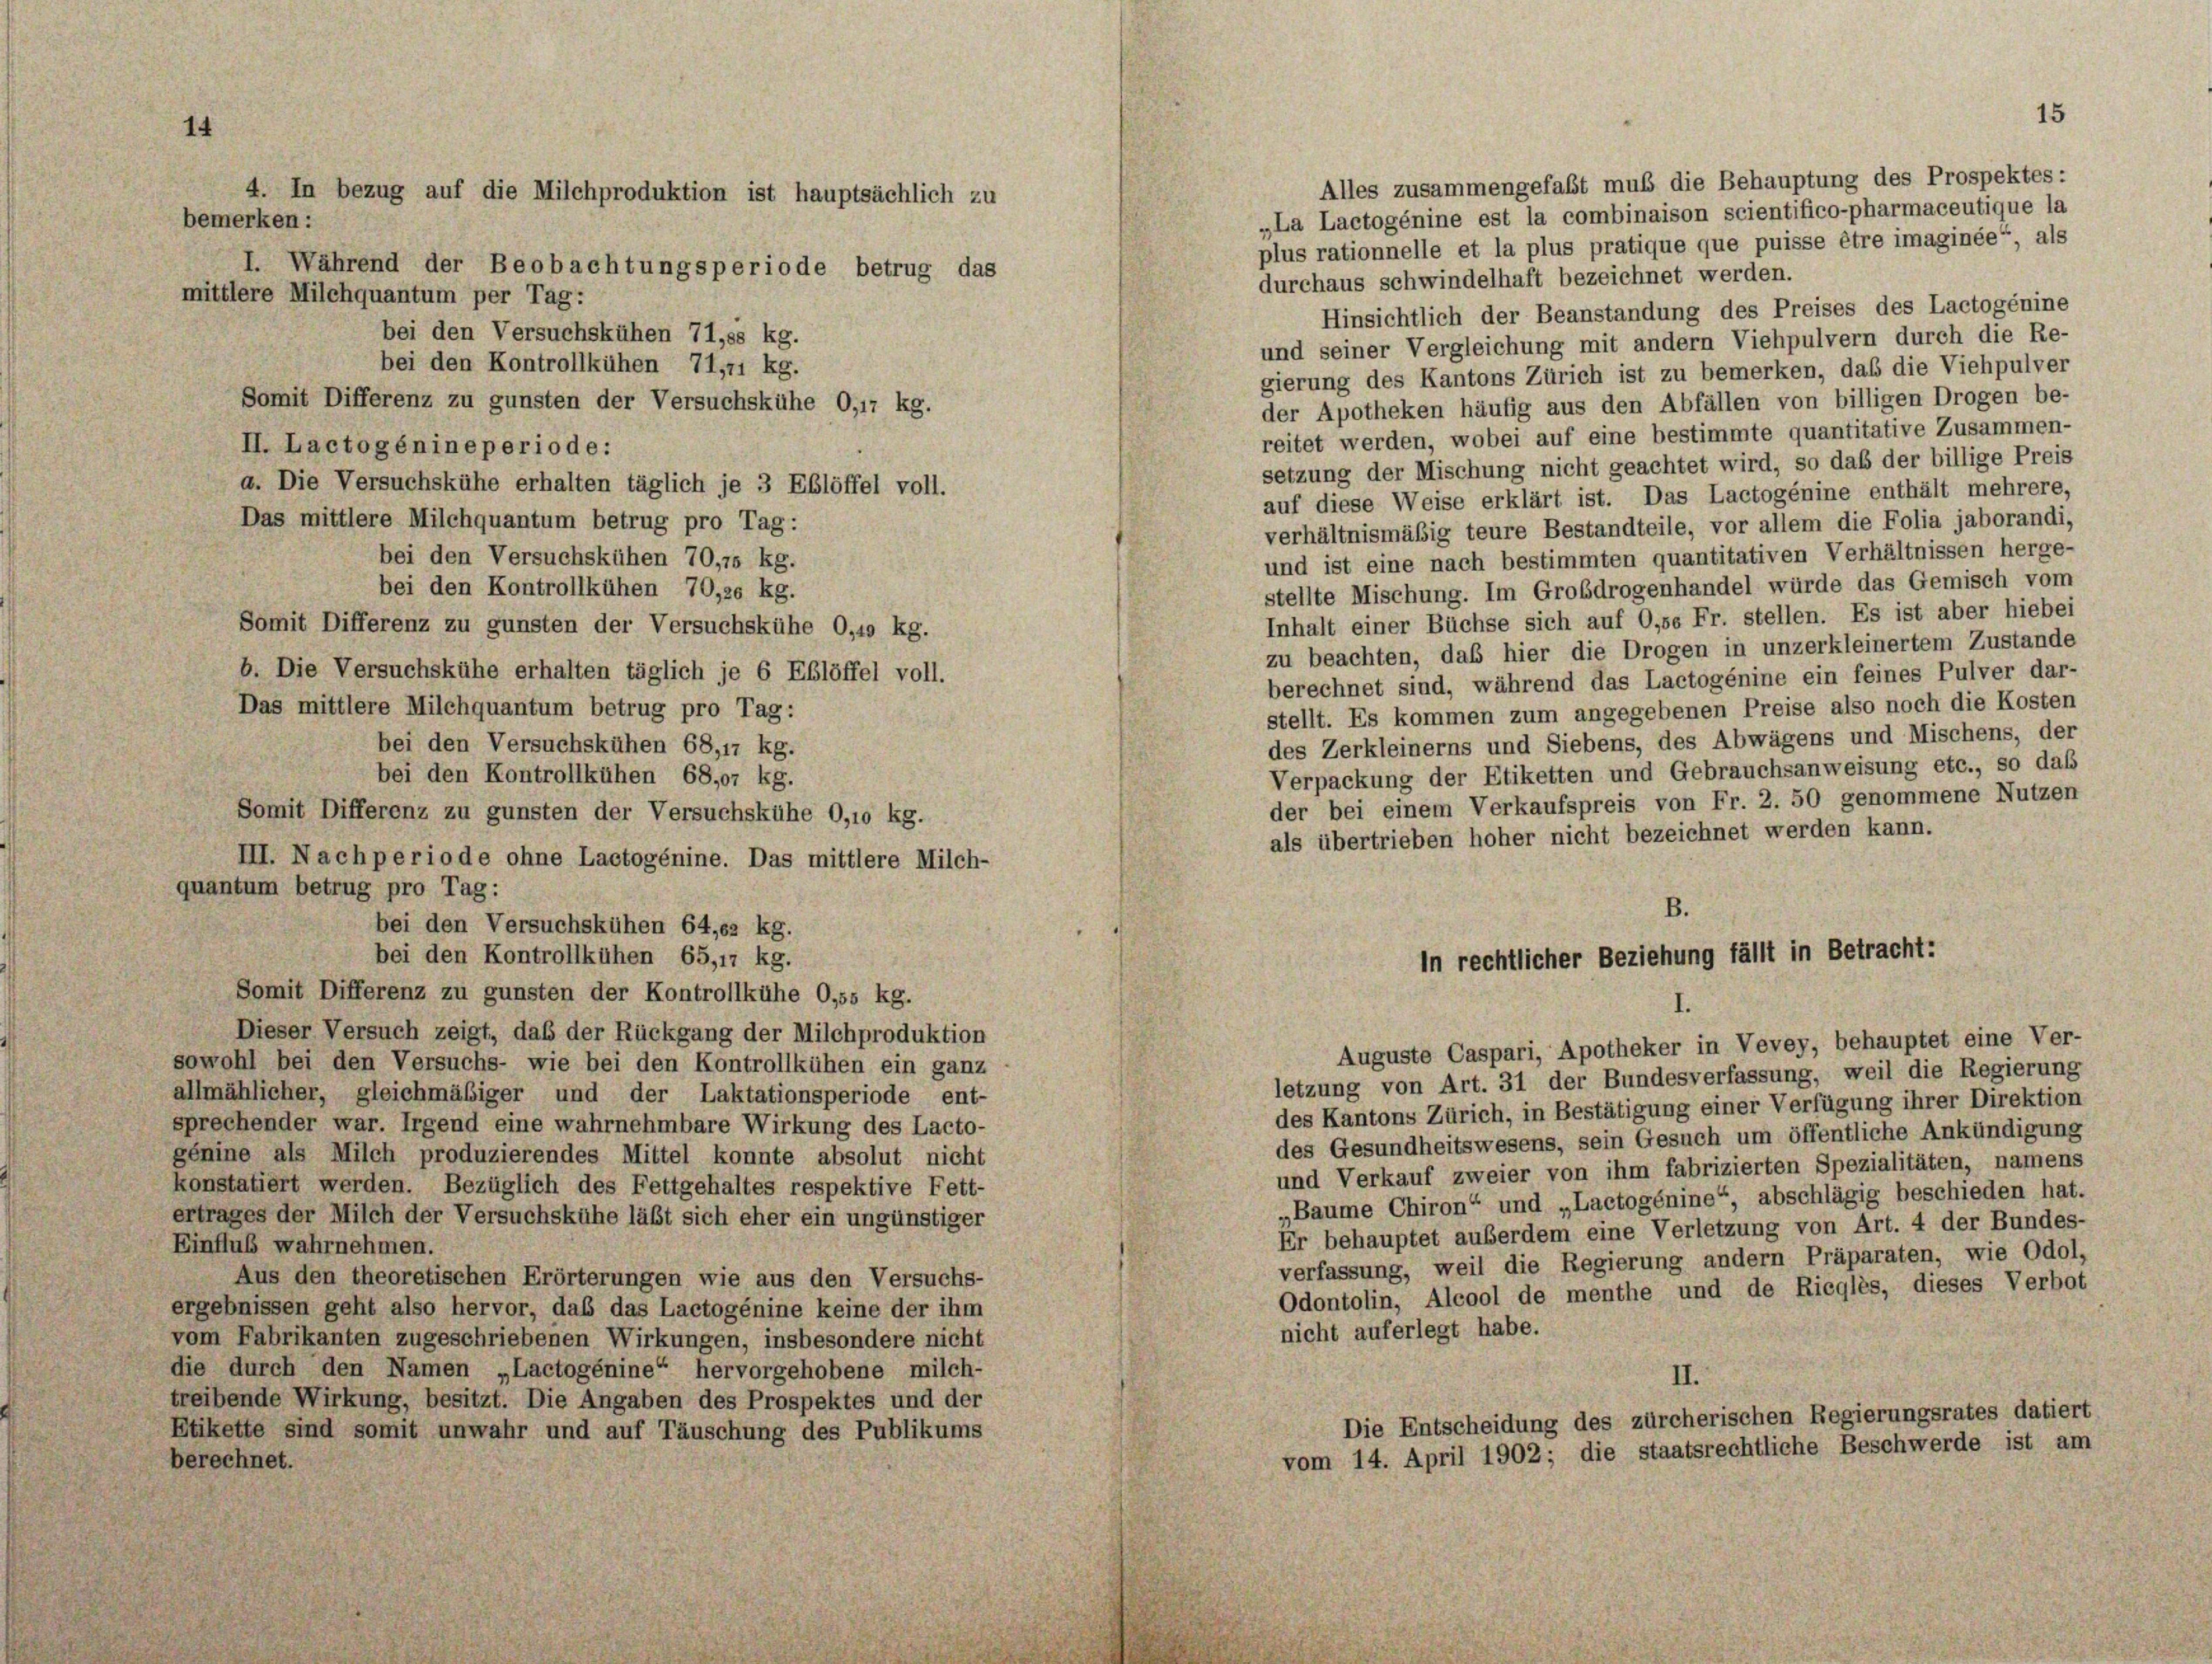
14

4. In bezug auf die Milchproduktion ist hauptsächlich zu
bemerken:

I. Während der Beobachtungsperiode betrug das
mittlere Milchquantum per Tag:
bei den Versuchskühen 71,ss kg.
bei den Kontrollkühen 71, 1 kg.
Somit Differenz zu gunsten der Versuchskühe 0,17 kg.
II. Lactogénineperiode:
a. Die Versuchskühe erhalten täglich je 3 Eßlöffel voll.
Das mittlere Milchquantum betrug pro Tag:
bei den Versuchskühen 70,75 kg.
bei den Kontrollkühen 70,so kg.
Somit Differenz zu gunsten der Versuchskühe 0,10 kg.
b. Die Versuchskühe erhalten täglich je 6 Eßlöffel voll.
Das mittlere Milchquantum betrug pro Tag:
bei den Versuchskühen 68,17 kg.
bei den Kontrollkühen 68,07 kg.
Somit Differenz zu gunsten der Versuchskühe 0,1o kg.
III. Nachperiode ohne Lactogénine. Das mittlere Milch-
quantum betrug pro Tag:
B.
bei den Versuchskühen 64,02 kg.
bei den Kontrollkühen 65,17 kg.
in rechtlicher Beziehung fällt in Betracht:
Somit Differenz zu gunsten der Kontrollkühe O.ss kg.
I.
Dieser Versuch zeigt, daß der Rückgang der Milchproduktion
Auguste Caspari, Apotheker in Vevey, behauptet eine Ver-
sowohl bei den Versuchs- wie bei den Kontrollkühen ein ganz
letzung von Art. 31 der Bundesverfassung, weil die Regierung
allmählicher, gleichmäßiger und der Laktationsperiode ent-
des Kantons Zürich, in Bestätigung einer Verfügung ihrer Direktion
sprechender war. Irgend eine wahrnehmbare Wirkung des Lacto-
des Gesundheitswesens, sein Gesuch um öffentliche Ankündigung
génine als Milch produzierendes Mittel konnte absolut nicht
und Verkauf zweier von ihm fabrizierten Spezialitäten, namens
konstatiert werden. Bezüglich des Fettgehaltes respektive Fett-
„Baume Chiron“ und „Lactogénine“, abschlägig beschieden hat.
ertrages der Milch der Versuchskühe läßt sich eher ein ungünstiger
Er behauptet außerdem eine Verletzung von Art. 4 der Bundes-
Einfluß wahrnehmen.
verfassung, weil die Regierung andern Präparaten, wie Odol,
Aus den theoretischen Erörterungen wie aus den Versuchs-
Odontolin, Alcool de menthe und de Ricglès, dieses Verbot
ergebnissen geht also hervor, daß das Lactogénine keine der ihm
nicht auferlegt habe.
vom Fabrikanten zugeschriebenen Wirkungen, insbesondere nicht
die durch den Namen „Lactogénine“ hervorgehobene milch-
II.
treibende Wirkung, besitzt. Die Angaben des Prospektes und der
Die Entscheidung des zürcherischen Regierungsrates datiert
Etikette sind somit unwahr und auf Täuschung des Publikums
vom 14. April 1902; die staatsrechtliche Beschwerde ist am
berechnet.

„La Lactogénine est la combinaison scientifico-pharmaceutique la
plus rationnelle et la plus pratique que puisse être imaginée“, als
durchaus schwindelhaft bezeichnet werden.
Hinsichtlich der Beanstandung des Preises des Lactogénine
und seiner Vergleichung mit andern Viehpulvern durch die Re-
gierung des Kantons Zürich ist zu bemerken, daß die Viehpulver
der Apotheken häufig aus den Abfällen von billigen Drogen be-
reitet werden, wobei auf eine bestimmte quantitative Zusammen-
setzung der Mischung nicht geachtet wird, so daß der billige Preis
auf diese Weise erklärt ist. Das Lactogénine enthält mehrere,
verhältnismäßig teure Bestandteile, vor allem die Folia jaborandi,
und ist eine nach bestimmten quantitativen Verhältnissen herge-
stellte Mischung. Im Grobdrogenhandel würde das Gemisch vom
Inhalt einer Büchse sich auf 0,se Fr. stellen. Es ist aber hiebei
zu beachten, daß hier die Drogen in unzerkleinertem Zustande
berechnet sind, während das Lactogénine ein feines Pulver dar-
stellt. Es kommen zum angegebenen Preise also noch die Kosten
des Zerkleinerns und Siebens, des Abwägens und Mischens, der
Verpackung der Etiketten und Gebrauchsanweisung etc., so daß
der bei einem Verkaufspreis von Fr. 2. 50 genommene Nutzen
als übertrieben hoher nicht bezeichnet werden kann.

Alles zusammengefaßt muß die Behauptung des Prospektes: